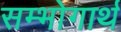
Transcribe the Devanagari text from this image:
सम्भोगार्थ